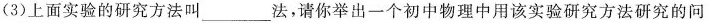
(3)上面实验的研究方法叫___法，请你举出一个初中物理中用该实验研究方法研究的问